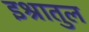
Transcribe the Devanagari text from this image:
इश्रातुल